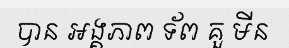
បាន អង្គភាព ទ័ព គួ មីន